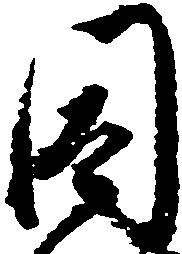
因